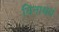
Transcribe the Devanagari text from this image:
विनाश्रयं